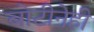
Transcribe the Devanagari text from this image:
बोटीनेही